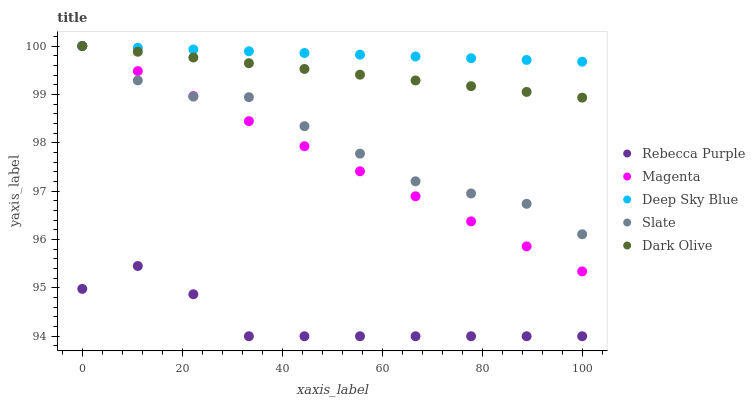
| xaxis_label | Rebecca Purple | Magenta | Deep Sky Blue | Slate | Dark Olive |
 | --- | --- | --- | --- | --- | --- |
 | 0 | 95 | 100 | 100 | 100 | 100 |
 | 11.1 | 95.5 | 99.5 | 100 | 99.3 | 99.9 |
 | 22.2 | 94.9 | 99 | 99.9 | 99 | 99.8 |
 | 33.3 | 94 | 98.4 | 99.9 | 98.9 | 99.6 |
 | 44.4 | 94 | 97.9 | 99.9 | 98.3 | 99.5 |
 | 55.6 | 94 | 97.4 | 99.8 | 97.8 | 99.4 |
 | 66.7 | 94 | 96.9 | 99.8 | 97.2 | 99.3 |
 | 77.8 | 94 | 96.4 | 99.7 | 97 | 99.2 |
 | 88.9 | 94 | 95.9 | 99.7 | 96.7 | 99.1 |
 | 100 | 94 | 95.3 | 99.7 | 96.1 | 98.9 |